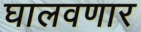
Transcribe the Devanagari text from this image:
घालवणार